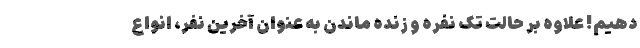
دهیم! علاوه بر حالت تک نفره و زنده ماندن به عنوان آخرین نفر، انواع